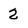
Character: 2